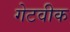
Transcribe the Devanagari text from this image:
गेटवीक